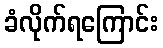
ခံလိုက်ရကြောင်း